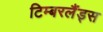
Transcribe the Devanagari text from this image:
टिम्बरलैंड्स